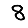
Digit: 8